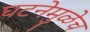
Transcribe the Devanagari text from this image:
घटनेमुळेच